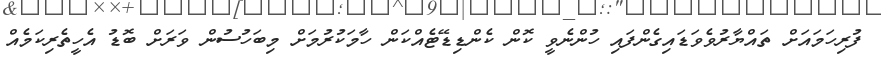
ފުރިހަމައަށް ތައްޔާރުވެވަޑައިގެންފައި ހުންނެވީ ކޮން ކެންޑިޑޭޓެއްކަން ހާމަކުރުމަށް މިބަހުސުން ވަރަށް ބޮޑު އެހީތެރިކަމެއް